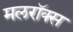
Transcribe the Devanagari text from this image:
मलरॉक्स